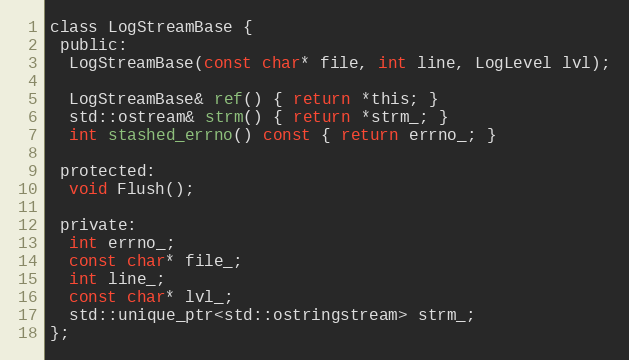
Language: C
class LogStreamBase {
 public:
  LogStreamBase(const char* file, int line, LogLevel lvl);

  LogStreamBase& ref() { return *this; }
  std::ostream& strm() { return *strm_; }
  int stashed_errno() const { return errno_; }

 protected:
  void Flush();

 private:
  int errno_;
  const char* file_;
  int line_;
  const char* lvl_;
  std::unique_ptr<std::ostringstream> strm_;
};